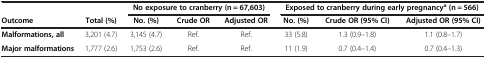
|  |  | <COLSPAN=3> No exposure to cranberry (n = 67,603) | <COLSPAN=3> Exposed to cranberry during early pregnancya (n = 566) |
 | Outcome | Total (%) | No. (%) | Crude OR | Adjusted OR | No. (%) | Crude OR (95% CI) | Adjusted OR (95% CI) |
 | --- | --- | --- | --- | --- | --- | --- | --- |
 | Malformations, all | 3,201 (4.7) | 3,145 (4.7) | Ref. | Ref. | 33 (5.8) | 1.3 (0.9–1.8) | 1.1 (0.8–1.7) |
 | Major malformations | 1,777 (2.6) | 1,753 (2.6) | Ref. | Ref. | 11 (1.9) | 0.7 (0.4–1.4) | 0.7 (0.4–1.3) |